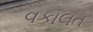
વકાલત